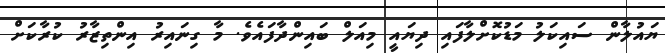
ޔައުލާން ސައިކަލު މަޑުކޮށްލާފައި ދިޔައީ މިއަލް ބައިންދާފައެވެ. މާ ގިނައިރު އިންތިޒާރު ކުރާކަށް